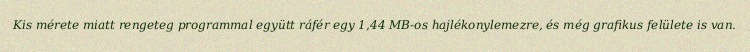
Kis mérete miatt rengeteg programmal együtt ráfér egy 1,44 MB-os hajlékonylemezre, és még grafikus felülete is van.